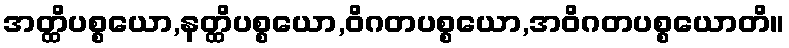
အတ္ထိပစ္စယော,နတ္ထိပစ္စယော,ဝိဂတပစ္စယော,အဝိဂတပစ္စယောတိ။